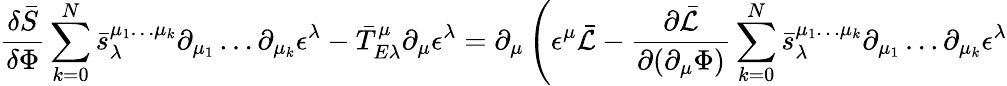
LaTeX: \frac{\delta\bar{S}}{\delta\Phi}\sum_{k=0}^{N}\bar{s}_{\lambda}^{\mu_{1}\dots\mu_{k}}\partial_{\mu_{1}}\dots\partial_{\mu_{k}}\epsilon^{\lambda}-\bar{T}_{E\lambda}^{\mu}\partial_{\mu}\epsilon^{\lambda}=\partial_{\mu}\left(\epsilon^{\mu}\bar{{\cal L}}-\frac{\partial\bar{{\cal L}}}{\partial(\partial_{\mu}\Phi)}\sum_{k=0}^{N}\bar{s}_{\lambda}^{\mu_{1}\dots\mu_{k}}\partial_{\mu_{1}}\dots\partial_{\mu_{k}}\epsilon^{\lambda}\right.